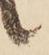
候